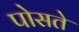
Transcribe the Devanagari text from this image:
पोसते